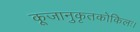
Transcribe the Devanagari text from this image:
कूजानुकृतकोकिलः।